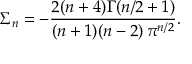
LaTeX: \Sigma _ { n } = - { \frac { 2 ( n + 4 ) \Gamma ( n / 2 + 1 ) } { ( n + 1 ) ( n - 2 ) \, \pi ^ { n / 2 } } } .